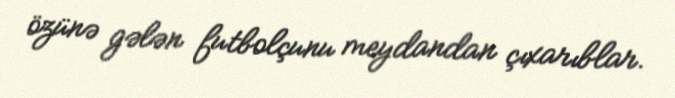
özünə gələn futbolçunu meydandan çıxarıblar.